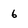
Character: 6